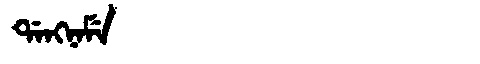
Manchu: ᡩᠠᠩᠨᠠᠮᡝ
Romanization: DANGNAME